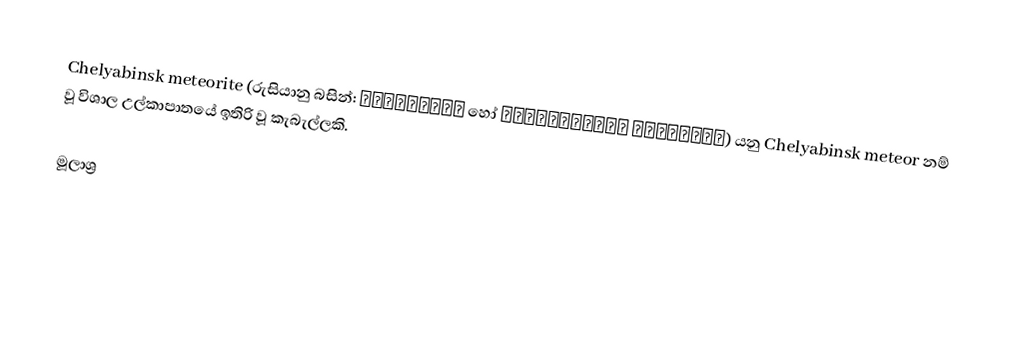
Chelyabinsk meteorite (රුසියානු බසින්: Челябинск හෝ Челябинский метеорит) යනු Chelyabinsk meteor නම් වූ විශාල උල්කාපාතයේ ඉතිරි වූ කැබැල්ලකි.

මූලාශ්‍ර